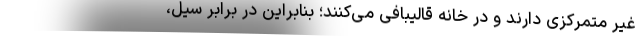
غیر متمرکزی دارند و در خانه قالیبافی می‌کنند؛ بنابراین در برابر سیل،